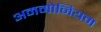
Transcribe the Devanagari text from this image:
अममोनियम